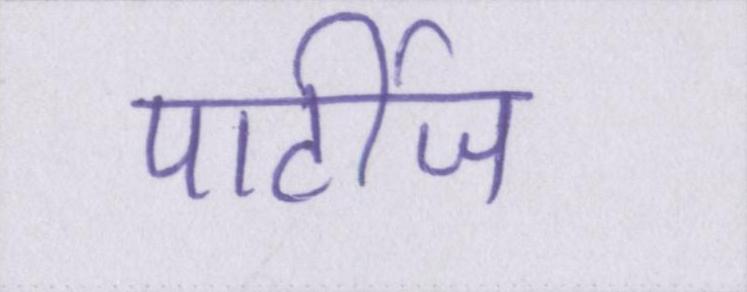
पार्टीज